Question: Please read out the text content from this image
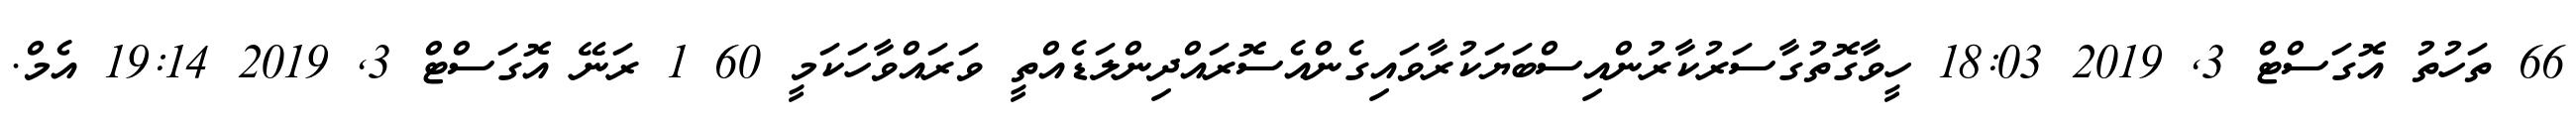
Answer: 66 ތަހުތު އޮގަސްޓް 3, 2019 18:03 ހީވާގޮތުގާސަރުކާރުންއިސްބަޔަކުރާވައިގެންއެސޮރައްދިންލަޑެއްތީ ވަރައްވާހަކަމީ 60 1 ރަނޭ އޮގަސްޓް 3, 2019 19:14 އެމް.